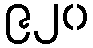
၉၂၀